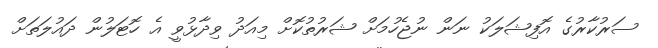
ސަރުކާރުގެ އޮފިޝަލަކު ނަން ނުޖެހުމަށް ޝަރުތުކޮށް މިއަދު ވިދާޅުވީ އެ ހޮޓަލުން ދައުލަތަށް